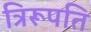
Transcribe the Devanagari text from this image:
त्रिरूपति